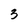
Character: 3